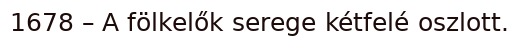
1678 – A fölkelők serege kétfelé oszlott.